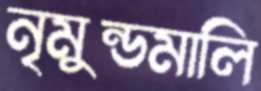
নৃমুন্ডমালি